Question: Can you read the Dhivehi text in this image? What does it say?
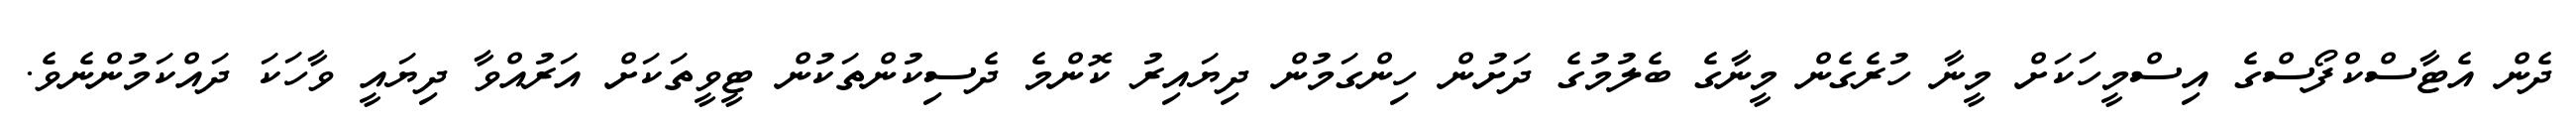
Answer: ދެން އެޓާސްކްފޯސްގެ އިސްމީހަކަށް މީނާ ހުރެގެން މީނާގެ ބެލުމުގެ ދަށުން ހިންގަމުން ދިޔައިރު ކޮންމެ ދެސިކުންތަކުން ޓީވީތަކަށް އަރުއްވާ ދިޔައީ ވާހަކަ ދައްކަމުންނެވެ.